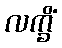
လက္ခိံ